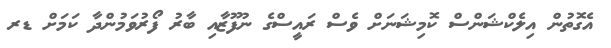
އެގޮތުން އިލެކްޝަންސް ކޮމިޝަނަށް ވެސް ރައީސްގެ ނުފޫޒާއި ބާރު ފޯރުވަމުންދާ ކަމަށް ޑރ